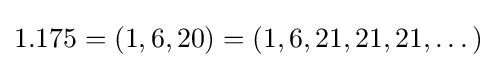
1.175=(1,6,20)=(1,6,21,21,21,\dots )